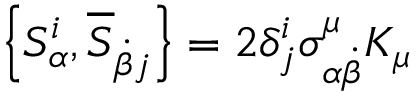
\left\{ S _ { \alpha } ^ { i } , { \overline { { S } } } _ { { \dot { \beta } } j } \right\} = 2 \delta _ { j } ^ { i } \sigma _ { \alpha { \dot { \beta } } } ^ { \mu } K _ { \mu }